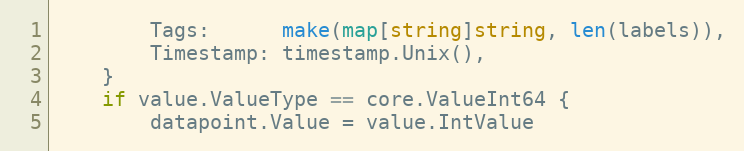
Language: Go
		Tags:      make(map[string]string, len(labels)),
		Timestamp: timestamp.Unix(),
	}
	if value.ValueType == core.ValueInt64 {
		datapoint.Value = value.IntValue